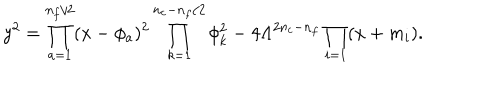
LaTeX: y ^ { 2 } = \prod _ { a = 1 } ^ { n _ { f } / 2 } ( x - \phi _ { a } ) ^ { 2 } \prod _ { k = 1 } ^ { n _ { c } - n _ { f } / 2 } \phi _ { k } ^ { 2 } - 4 \Lambda ^ { 2 n _ { c } - n _ { f } } \prod _ { i = 1 } ( x + m _ { i } ) .